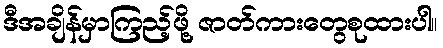
ဒီအချိန်မှာကြည့်ဖို့ ဇာတ်ကားတွေစုထားပါ။